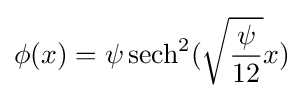
\phi (x)=\psi \operatorname {sech} ^{2}({\sqrt {\frac {\psi }{12}}}x)